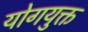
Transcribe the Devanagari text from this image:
योगयुक्त